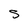
Character: S